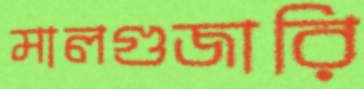
মালগুজারি